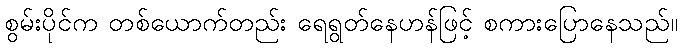
စွမ်းပိုင်က တစ်ယောက်တည်း ရေရွတ်နေဟန်ဖြင့် စကားပြောနေသည်။